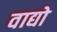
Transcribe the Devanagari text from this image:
वाद्यो